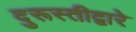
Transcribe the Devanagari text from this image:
दुरूस्तीद्वारे